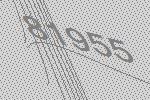
81955